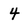
Character: 4